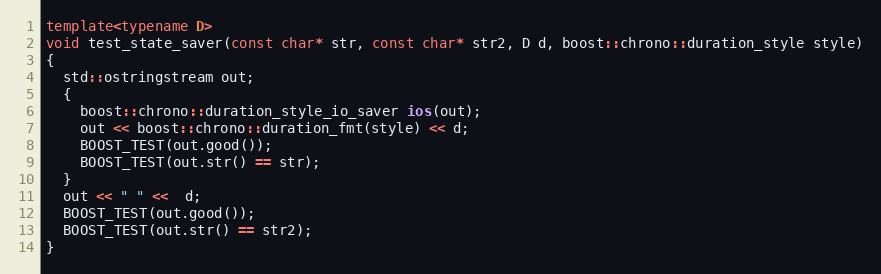
Language: C++
template<typename D>
void test_state_saver(const char* str, const char* str2, D d, boost::chrono::duration_style style)
{
  std::ostringstream out;
  {
    boost::chrono::duration_style_io_saver ios(out);
    out << boost::chrono::duration_fmt(style) << d;
    BOOST_TEST(out.good());
    BOOST_TEST(out.str() == str);
  }
  out << " " <<  d;
  BOOST_TEST(out.good());
  BOOST_TEST(out.str() == str2);
}